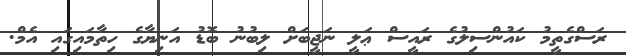
ރަސްގެތީމު ކައުންސިލުގެ ރައީސް ޢަލީ ނަޖީބަށް ލިބުނު ބޮޑު އަނިޔާގެ ހިތާމައިގައި އެމް.